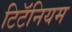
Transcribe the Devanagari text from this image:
टिटॅनियम